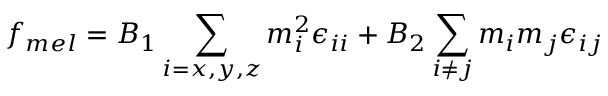
f _ { m e l } = B _ { 1 } \sum _ { i = x , y , z } m _ { i } ^ { 2 } \epsilon _ { i i } + B _ { 2 } \sum _ { i \neq j } m _ { i } m _ { j } \epsilon _ { i j }